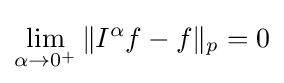
\lim _{\alpha \to 0^{+}}\|I^{\alpha }f-f\|_{p}=0